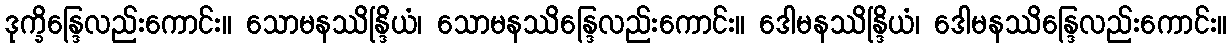
ဒုက္ခိန္ဒြေလည်းကောင်း။ သောမနဿိန္ဒြိယံ၊ သောမနဿိန္ဒြေလည်းကောင်း။ ဒေါမနဿိန္ဒြိယံ၊ ဒေါမနဿိန္ဒြေလည်းကောင်း။